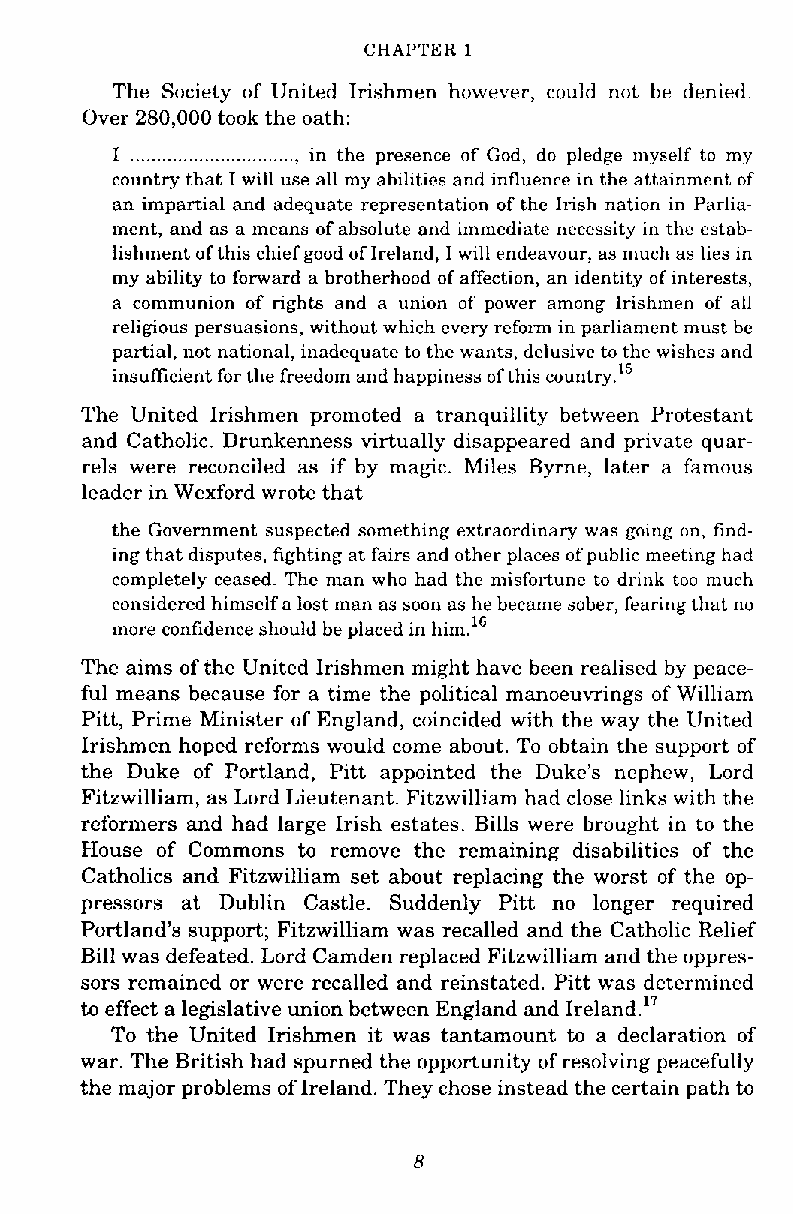
CHAPTER 1
 The Society of United Irishmen however, could not be denied.
 Over 280,000 took the oath:
 I ...............................i.n the presence of God, do pledge myself to my
 country that I will use all my abilities and influence in the attainment of
 an impartial and adequate representation of the Irish nation in Parlia-
 ment, and as a means of absolute and immediate necessity in the estab-
 lishment of this chief good of Ireland, 1 will endeavour, as much as lies in
 my ability to forward a brotherhood of affection, an identity of interests,
 a communion of rights and a union of power among Irishmen of all
 religious persuasions, without which every reform in parliament must be
 partial, not national, inadequate to the wants, delusive to the wishes and
 insufficient for the freedom and happiness of this country.15
 The United Irishmen promoted a tranquillity between Protestant
 and Catholic. Drunkenness virtually disappeared and private quar-
 rels were reconciled as if by magic. Miles Byrne, later a famous
 leader in Wexford wrote that
 the Government suspected something extraordinary was going on, find-
 ing that disputes, fighting at fairs and other places of public meeting had
 completely ceased. The man who had the misfortune to drink too much
 considered himself a lost man as soon as he became sober, fearing that no
 more confidence should be placed in him.16
 The aims of the United Irishmen might have been realised by peace-
 ful means because for a time the political manoeuvrings of William
 Pitt, Prime Minister of England, coincided with the way the United
 Irishmen hoped reforms would come about. To obtain the support of
 the Duke of Portland, Pitt appointed the Duke's nephew, Lord
 Fitzwilliam, as Lord Lieutenant. Fitzwilliam had close links with the
 reformers and had large Irish estates. Bills were brought in to the
 House of Commons to remove the remaining disabilities of the
 Catholics and Fitzwilliam set about replacing the worst of the op-
 pressors at Dublin Castle. Suddenly Pitt no longer required
 Portland's support; Fitzwilliam was recalled and the Catholic Relief
 Bill was defeated. Lord Camden replaced Fitzwilliam and the oppres-
 sors remained or were recalled and reinstated. Pitt was determined
 to effect a legislative union between England and 1reland.17
 To the United Irishmen it was tantamount to a declaration of
 war. The British had spurned the opportunity of resolving peacefully
 the major problems of Ireland. They chose instead the certain path to